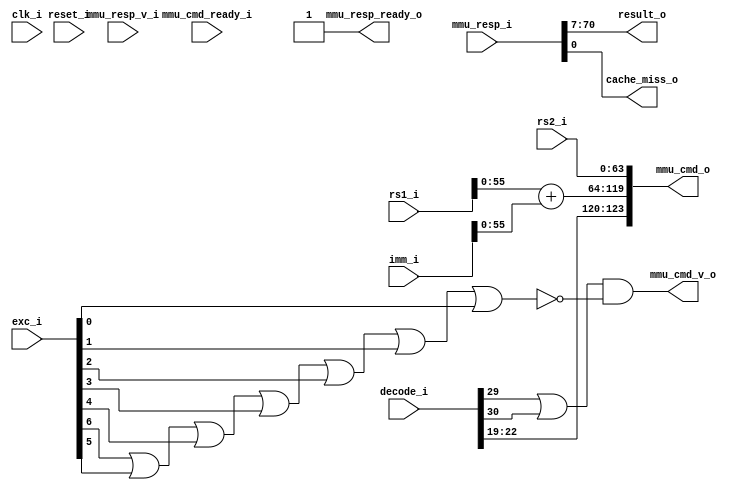
module bp_be_pipe_mem_vaddr_width_p56_lce_sets_p64_cce_block_size_in_bytes_p64
(
  clk_i,
  reset_i,
  decode_i,
  rs1_i,
  rs2_i,
  imm_i,
  exc_i,
  mmu_cmd_o,
  mmu_cmd_v_o,
  mmu_cmd_ready_i,
  mmu_resp_i,
  mmu_resp_v_i,
  mmu_resp_ready_o,
  result_o,
  cache_miss_o
);

  input [42:0] decode_i;
  input [63:0] rs1_i;
  input [63:0] rs2_i;
  input [63:0] imm_i;
  input [6:0] exc_i;
  output [123:0] mmu_cmd_o;
  input [70:0] mmu_resp_i;
  output [63:0] result_o;
  input clk_i;
  input reset_i;
  input mmu_cmd_ready_i;
  input mmu_resp_v_i;
  output mmu_cmd_v_o;
  output mmu_resp_ready_o;
  output cache_miss_o;
  wire [123:0] mmu_cmd_o;
  wire [63:0] result_o;
  wire mmu_cmd_v_o,mmu_resp_ready_o,cache_miss_o,N0,N1,N2,N3,N4,N5,N6,N7;
  assign mmu_resp_ready_o = 1'b1;
  assign mmu_cmd_o[123] = decode_i[22];
  assign mmu_cmd_o[122] = decode_i[21];
  assign mmu_cmd_o[121] = decode_i[20];
  assign mmu_cmd_o[120] = decode_i[19];
  assign mmu_cmd_o[63] = rs2_i[63];
  assign mmu_cmd_o[62] = rs2_i[62];
  assign mmu_cmd_o[61] = rs2_i[61];
  assign mmu_cmd_o[60] = rs2_i[60];
  assign mmu_cmd_o[59] = rs2_i[59];
  assign mmu_cmd_o[58] = rs2_i[58];
  assign mmu_cmd_o[57] = rs2_i[57];
  assign mmu_cmd_o[56] = rs2_i[56];
  assign mmu_cmd_o[55] = rs2_i[55];
  assign mmu_cmd_o[54] = rs2_i[54];
  assign mmu_cmd_o[53] = rs2_i[53];
  assign mmu_cmd_o[52] = rs2_i[52];
  assign mmu_cmd_o[51] = rs2_i[51];
  assign mmu_cmd_o[50] = rs2_i[50];
  assign mmu_cmd_o[49] = rs2_i[49];
  assign mmu_cmd_o[48] = rs2_i[48];
  assign mmu_cmd_o[47] = rs2_i[47];
  assign mmu_cmd_o[46] = rs2_i[46];
  assign mmu_cmd_o[45] = rs2_i[45];
  assign mmu_cmd_o[44] = rs2_i[44];
  assign mmu_cmd_o[43] = rs2_i[43];
  assign mmu_cmd_o[42] = rs2_i[42];
  assign mmu_cmd_o[41] = rs2_i[41];
  assign mmu_cmd_o[40] = rs2_i[40];
  assign mmu_cmd_o[39] = rs2_i[39];
  assign mmu_cmd_o[38] = rs2_i[38];
  assign mmu_cmd_o[37] = rs2_i[37];
  assign mmu_cmd_o[36] = rs2_i[36];
  assign mmu_cmd_o[35] = rs2_i[35];
  assign mmu_cmd_o[34] = rs2_i[34];
  assign mmu_cmd_o[33] = rs2_i[33];
  assign mmu_cmd_o[32] = rs2_i[32];
  assign mmu_cmd_o[31] = rs2_i[31];
  assign mmu_cmd_o[30] = rs2_i[30];
  assign mmu_cmd_o[29] = rs2_i[29];
  assign mmu_cmd_o[28] = rs2_i[28];
  assign mmu_cmd_o[27] = rs2_i[27];
  assign mmu_cmd_o[26] = rs2_i[26];
  assign mmu_cmd_o[25] = rs2_i[25];
  assign mmu_cmd_o[24] = rs2_i[24];
  assign mmu_cmd_o[23] = rs2_i[23];
  assign mmu_cmd_o[22] = rs2_i[22];
  assign mmu_cmd_o[21] = rs2_i[21];
  assign mmu_cmd_o[20] = rs2_i[20];
  assign mmu_cmd_o[19] = rs2_i[19];
  assign mmu_cmd_o[18] = rs2_i[18];
  assign mmu_cmd_o[17] = rs2_i[17];
  assign mmu_cmd_o[16] = rs2_i[16];
  assign mmu_cmd_o[15] = rs2_i[15];
  assign mmu_cmd_o[14] = rs2_i[14];
  assign mmu_cmd_o[13] = rs2_i[13];
  assign mmu_cmd_o[12] = rs2_i[12];
  assign mmu_cmd_o[11] = rs2_i[11];
  assign mmu_cmd_o[10] = rs2_i[10];
  assign mmu_cmd_o[9] = rs2_i[9];
  assign mmu_cmd_o[8] = rs2_i[8];
  assign mmu_cmd_o[7] = rs2_i[7];
  assign mmu_cmd_o[6] = rs2_i[6];
  assign mmu_cmd_o[5] = rs2_i[5];
  assign mmu_cmd_o[4] = rs2_i[4];
  assign mmu_cmd_o[3] = rs2_i[3];
  assign mmu_cmd_o[2] = rs2_i[2];
  assign mmu_cmd_o[1] = rs2_i[1];
  assign mmu_cmd_o[0] = rs2_i[0];
  assign result_o[63] = mmu_resp_i[70];
  assign result_o[62] = mmu_resp_i[69];
  assign result_o[61] = mmu_resp_i[68];
  assign result_o[60] = mmu_resp_i[67];
  assign result_o[59] = mmu_resp_i[66];
  assign result_o[58] = mmu_resp_i[65];
  assign result_o[57] = mmu_resp_i[64];
  assign result_o[56] = mmu_resp_i[63];
  assign result_o[55] = mmu_resp_i[62];
  assign result_o[54] = mmu_resp_i[61];
  assign result_o[53] = mmu_resp_i[60];
  assign result_o[52] = mmu_resp_i[59];
  assign result_o[51] = mmu_resp_i[58];
  assign result_o[50] = mmu_resp_i[57];
  assign result_o[49] = mmu_resp_i[56];
  assign result_o[48] = mmu_resp_i[55];
  assign result_o[47] = mmu_resp_i[54];
  assign result_o[46] = mmu_resp_i[53];
  assign result_o[45] = mmu_resp_i[52];
  assign result_o[44] = mmu_resp_i[51];
  assign result_o[43] = mmu_resp_i[50];
  assign result_o[42] = mmu_resp_i[49];
  assign result_o[41] = mmu_resp_i[48];
  assign result_o[40] = mmu_resp_i[47];
  assign result_o[39] = mmu_resp_i[46];
  assign result_o[38] = mmu_resp_i[45];
  assign result_o[37] = mmu_resp_i[44];
  assign result_o[36] = mmu_resp_i[43];
  assign result_o[35] = mmu_resp_i[42];
  assign result_o[34] = mmu_resp_i[41];
  assign result_o[33] = mmu_resp_i[40];
  assign result_o[32] = mmu_resp_i[39];
  assign result_o[31] = mmu_resp_i[38];
  assign result_o[30] = mmu_resp_i[37];
  assign result_o[29] = mmu_resp_i[36];
  assign result_o[28] = mmu_resp_i[35];
  assign result_o[27] = mmu_resp_i[34];
  assign result_o[26] = mmu_resp_i[33];
  assign result_o[25] = mmu_resp_i[32];
  assign result_o[24] = mmu_resp_i[31];
  assign result_o[23] = mmu_resp_i[30];
  assign result_o[22] = mmu_resp_i[29];
  assign result_o[21] = mmu_resp_i[28];
  assign result_o[20] = mmu_resp_i[27];
  assign result_o[19] = mmu_resp_i[26];
  assign result_o[18] = mmu_resp_i[25];
  assign result_o[17] = mmu_resp_i[24];
  assign result_o[16] = mmu_resp_i[23];
  assign result_o[15] = mmu_resp_i[22];
  assign result_o[14] = mmu_resp_i[21];
  assign result_o[13] = mmu_resp_i[20];
  assign result_o[12] = mmu_resp_i[19];
  assign result_o[11] = mmu_resp_i[18];
  assign result_o[10] = mmu_resp_i[17];
  assign result_o[9] = mmu_resp_i[16];
  assign result_o[8] = mmu_resp_i[15];
  assign result_o[7] = mmu_resp_i[14];
  assign result_o[6] = mmu_resp_i[13];
  assign result_o[5] = mmu_resp_i[12];
  assign result_o[4] = mmu_resp_i[11];
  assign result_o[3] = mmu_resp_i[10];
  assign result_o[2] = mmu_resp_i[9];
  assign result_o[1] = mmu_resp_i[8];
  assign result_o[0] = mmu_resp_i[7];
  assign cache_miss_o = mmu_resp_i[0];
  assign mmu_cmd_o[119:64] = rs1_i[55:0] + imm_i[55:0];
  assign mmu_cmd_v_o = N0 & N7;
  assign N0 = decode_i[29] | decode_i[30];
  assign N7 = ~N6;
  assign N6 = N5 | exc_i[0];
  assign N5 = N4 | exc_i[1];
  assign N4 = N3 | exc_i[2];
  assign N3 = N2 | exc_i[3];
  assign N2 = N1 | exc_i[4];
  assign N1 = exc_i[6] | exc_i[5];

endmodule